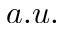
a . u .